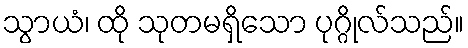
သွာယံ၊ ထို သုတမရှိသော ပုဂ္ဂိုလ်သည်။